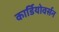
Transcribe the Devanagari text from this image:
कार्डियोवर्सन